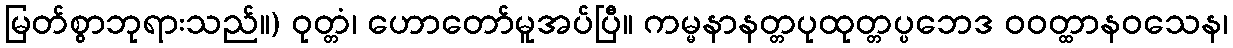
မြတ်စွာဘုရားသည်။) ဝုတ္တံ၊ ဟောတော်မူအပ်ပြီ။ ကမ္မနာနတ္တပုထုတ္တပ္ပဘေဒ ဝဝတ္ထာနဝသေန၊